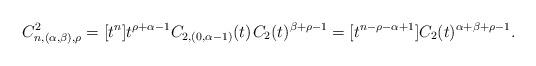
LaTeX: \begin{align*}C^2_{n,(\alpha,\beta),\rho} = [t^n] t^{\rho + \alpha - 1} C_{2,(0,\alpha-1)}(t) \kern+1pt C_2(t)^{\beta + \rho - 1} = [t^{n-\rho-\alpha+1}]C_2(t)^{\alpha+\beta+\rho-1}.\end{align*}